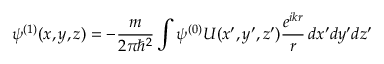
\psi ^ { ( 1 ) } ( x , y , z ) = - { \frac { m } { 2 \pi \hbar ^ { 2 } } } \int \psi ^ { ( 0 ) } U ( x ^ { \prime } , y ^ { \prime } , z ^ { \prime } ) { \frac { e ^ { i k r } } { r } } \, d x ^ { \prime } d y ^ { \prime } d z ^ { \prime }